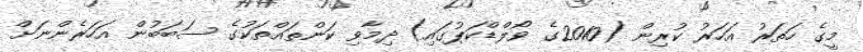
މީގެ ހަތަރު އަހަރު ކުރިން (2010ގެ ވޯލްޑްކަޕުގައި) ދިމާވި ކަންތައްތަކުގެ ސަބަބުން އަހަރެންނަށް